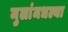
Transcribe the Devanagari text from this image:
मुलांमधल्या